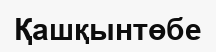
Қашқынтөбе